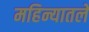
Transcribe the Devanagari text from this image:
महिन्यातले